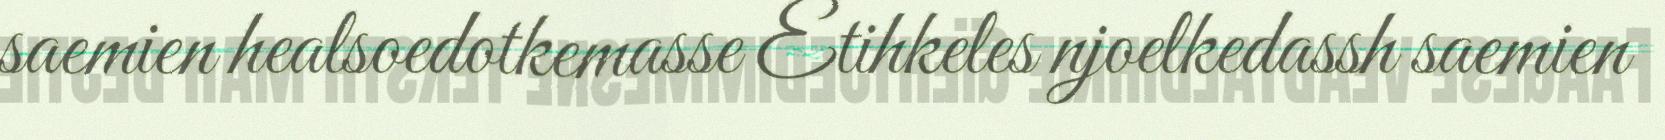
saemien healsoedotkemasse Etihkeles njoelkedassh saemien